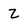
Character: 2